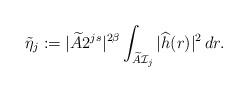
LaTeX: \begin{align*}\tilde{\eta}_j:= |\widetilde{A} 2^{js}|^{2\beta} \int_{\widetilde{A}\mathcal{I}_j} |\widehat{h}(r)|^2\,dr.\end{align*}